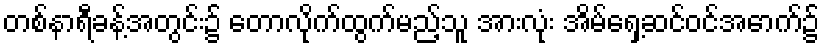
တစ်နာရီခန့်အတွင်း၌ တောလိုက်ထွက်မည့်သူ အားလုံး အိမ်ရှေ့ဆင်ဝင်အောက်၌